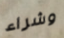
وشراء